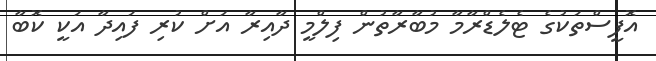
އޮފީސްތަކުގެ ޓެލެޑްރާމާ މުބާރާތުން ފިލްމީ ދާއިރާ އަށް ކުރި ފައިދާ އަކީ ކޮބާ